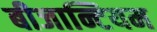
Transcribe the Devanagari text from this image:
बीजान्टियम